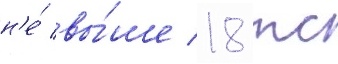
н'е́ вы́ше 18 тс